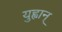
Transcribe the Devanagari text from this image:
युह्वान्